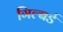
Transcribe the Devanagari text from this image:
गिल्बर्ड